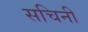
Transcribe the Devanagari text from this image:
सचिनी